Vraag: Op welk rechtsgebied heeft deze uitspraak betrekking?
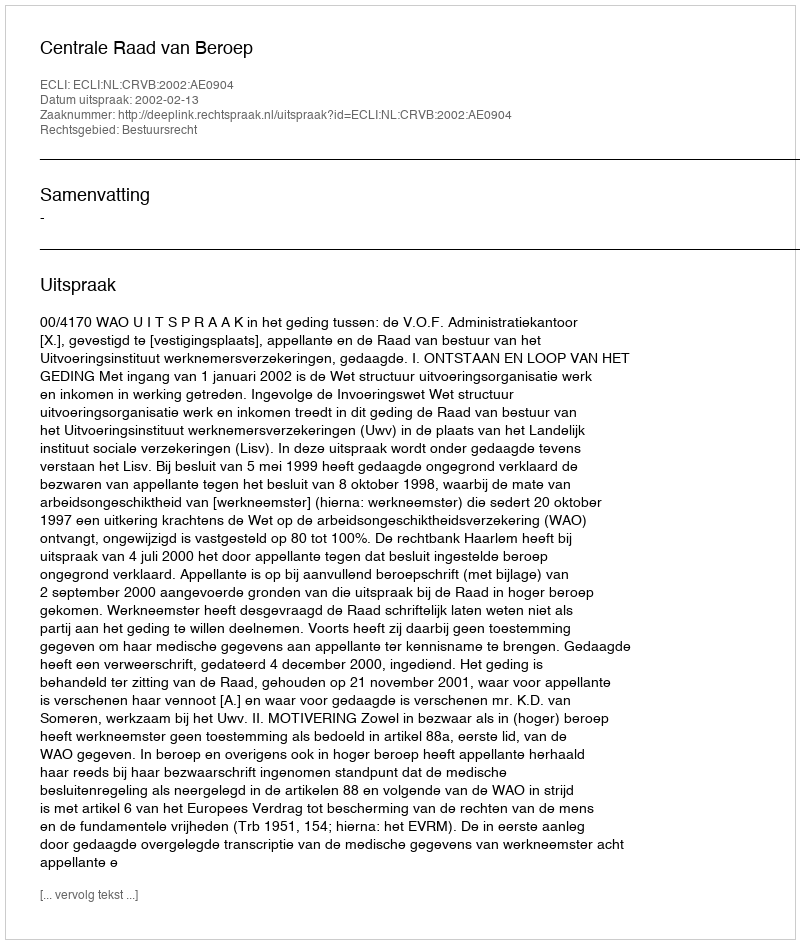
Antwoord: Bestuursrecht